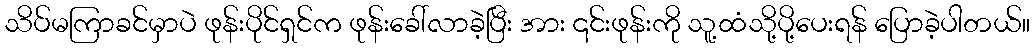
သိပ်မကြာခင်မှာပဲ ဖုန်းပိုင်ရှင်က ဖုန်းခေါ်လာခဲ့ပြီး အား ၎င်းဖုန်းကို သူ့ထံသို့ပို့ပေးရန် ပြောခဲ့ပါတယ်။